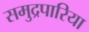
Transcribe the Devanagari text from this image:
समुद्रपारिया